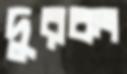
দুরকং